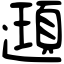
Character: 𨘀